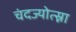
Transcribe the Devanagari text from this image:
चंदज्योत्स्ना